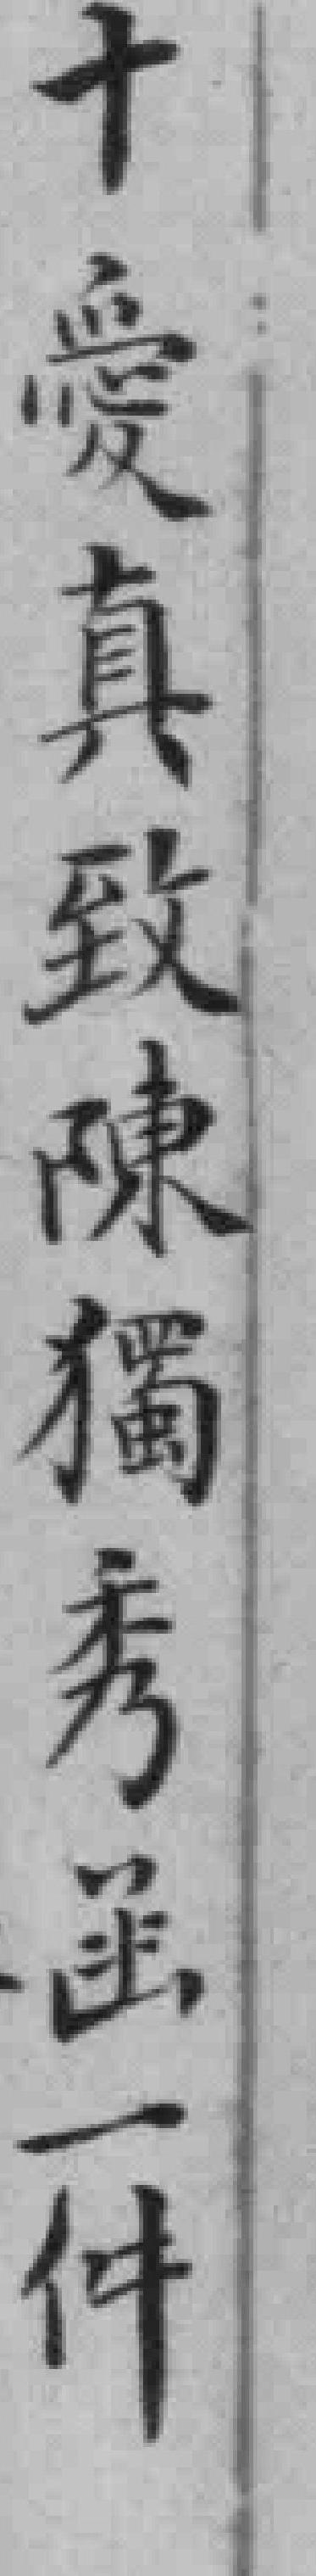
十愛真致陳獨秀函一件